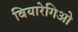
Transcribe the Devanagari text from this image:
वियारेगिओ